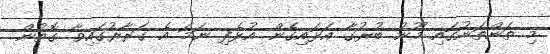
މި ތަންތަނުގައި މޫނު ބުރުގާ އަޅައިގެން އުޅެފި ނަމަ އެ ގަރާރުގައިވާ ގޮތުން